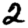
Digit: 2